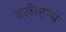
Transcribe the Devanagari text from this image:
एलेव्हन्थ